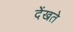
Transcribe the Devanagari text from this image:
देंखते